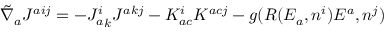
{ \tilde { \nabla } } _ { a } J ^ { a i j } = - { J _ { a } ^ { i } } _ { k } { J ^ { a k j } } - K _ { a c } ^ { i } K ^ { a c j } - g ( R ( E _ { a } , n ^ { i } ) E ^ { a } , n ^ { j } )